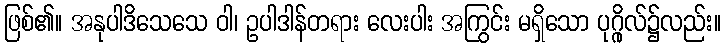
ဖြစ်၏။ အနုပါဒိသေသေ ဝါ၊ ဥပါဒါန်တရား လေးပါး အကြွင်း မရှိသော ပုဂ္ဂိုလ်၌လည်း။